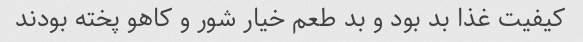
کیفیت غذا بد بود و بد طعم خیار شور و کاهو پخته بودند